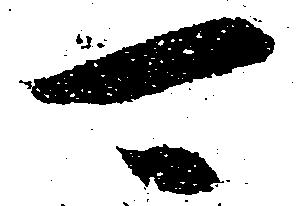
可